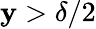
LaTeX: \mathbf{y}>\delta/2